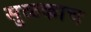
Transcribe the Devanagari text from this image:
सुळकाच